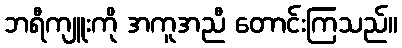
ဘရီကျူးကို အကူအညီ တောင်းကြသည်။